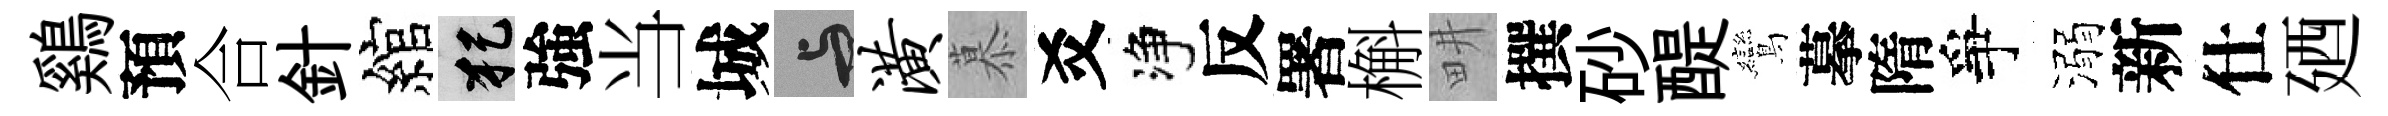
鷄預合針綰犯強当城与潢慕爻净反署槲畊撰砂醍鸞摹隋爭溺新仕廼